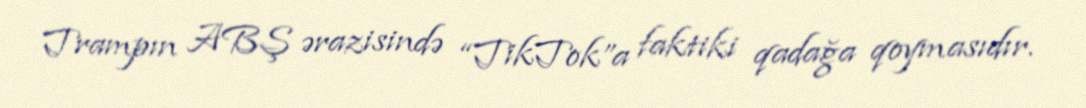
Trampın ABŞ ərazisində “TikTok”a faktiki qadağa qoymasıdır.